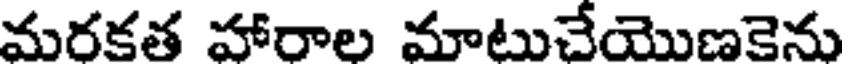
మరకత హారాల మాటుచేయొణకెను